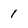
Character: 1